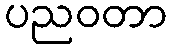
ပညဝတာ